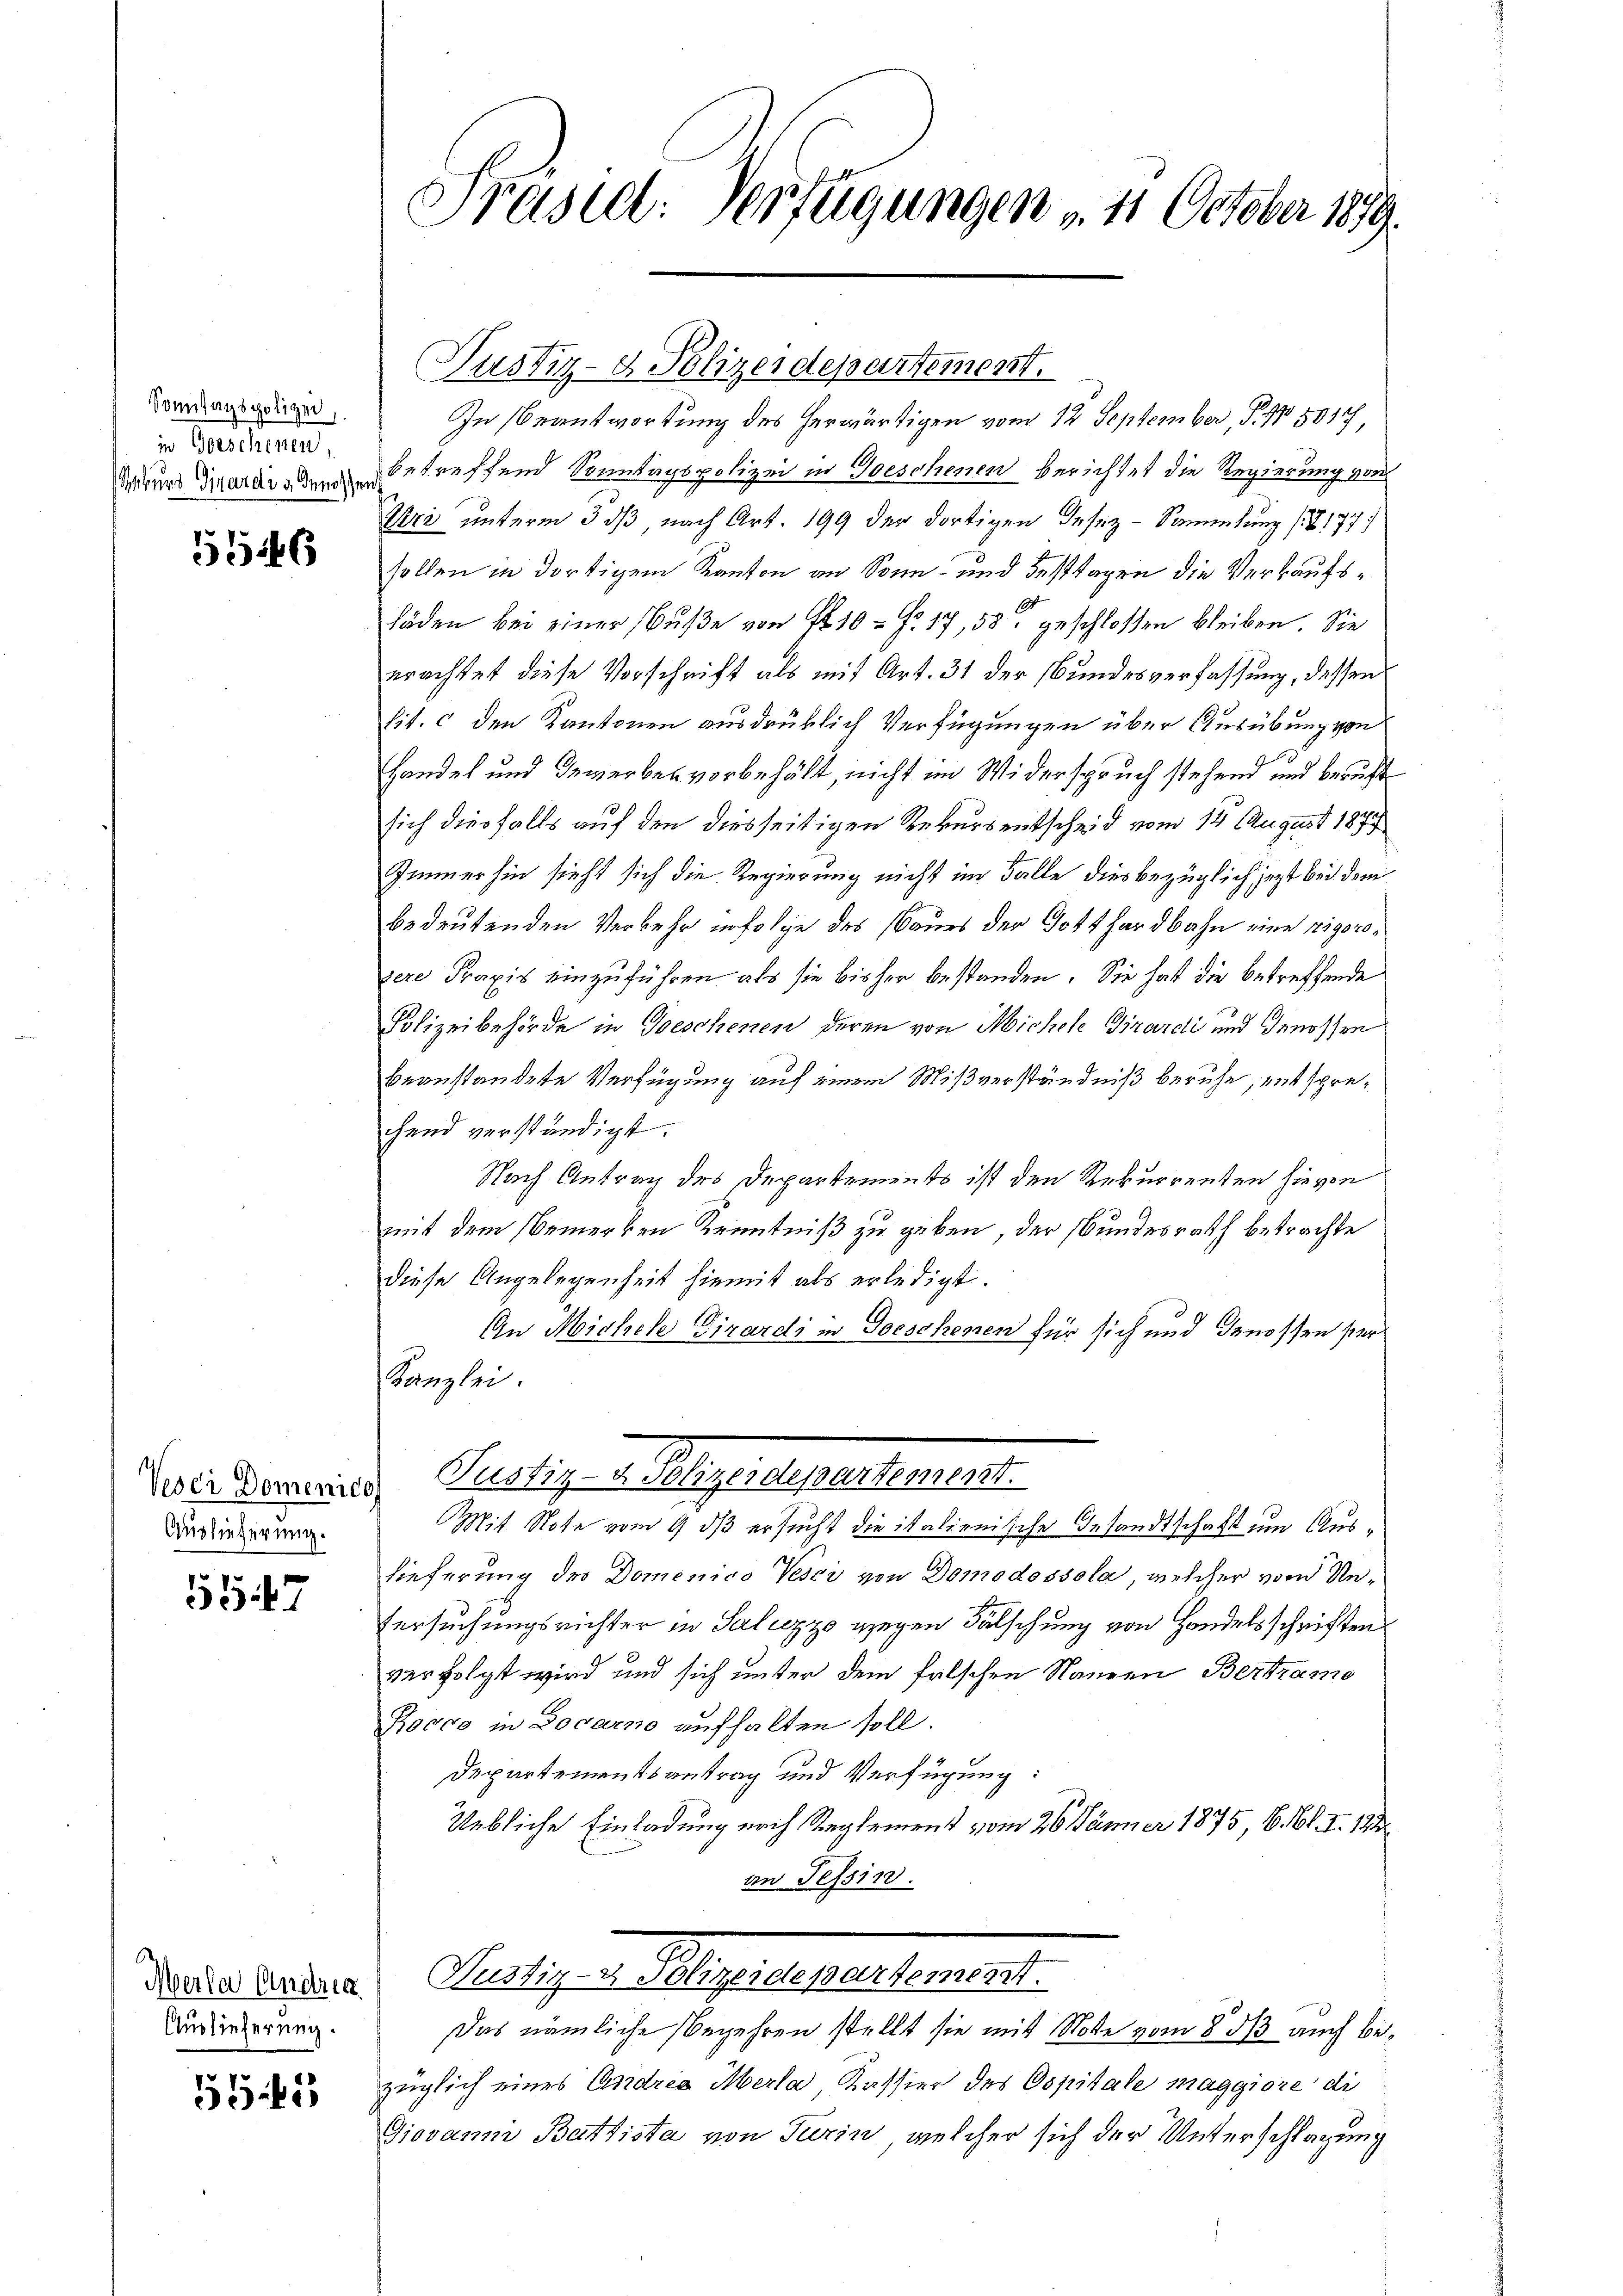
Somittagspolizei,
i Vorschienen,
Rekurs Girardi u denosse

546

Vesci Domenico
Auslieferung.

1247

Meile Andrea
Auslieferung.

5545

Präsid: Verfügungen u. 11. October 1879.

In Beantwortung des herwärtigen vom 12 September, P. 1501,
betreffend Sonntagspolizei in Geschenen berichtet die Regierung von
Uri unterm 3 dß nach Art. 199 der dortigen Gesez-Sammlung (T.177
sollen in dortigem Kanton an Sonn- und Festtagen die Verkaufsläden bei einer Buße von fl. 10 = Fr. 17,58 geschloßen bleiben. Sie
erachtet diese Vorschrift als mit Art. 31 der Bundesverfassung, dessen
lit. c den Kantonen ausdrüklich Verfügungen über Ausübung von
Handel und Gewerber vorbehält, nicht im Widerspruch stehend und beruht
sich diesfalls auf den diesseitigen Rekursentscheid vom 14. August 1890
Immerhin sieht sich die Regierung nicht im Falle dies bezüglich jetzt bei dem
bedeutenden Verkehr infolge des Baues der Gotthardbahn eine rigorozere Praxis einzuführen, als sie bisher bestanden. Sie hat die betreffende
Polizeibehörde in Geschenen deren von Michele Girardi und Genossen
beanstandete Verfügung auf einem Mißverständniß beruhe, entsprechend verständigt.
Nach Antrag des Departements ist den Rekurrenten hievon
mit dem Bemerken Kenntniß zu geben, der Bundesrath betrachte
diese Angelegenheit hiemit als erledigt.
1
Gu Micher Girardi in Geschenen für sich und Genossen ser
Kanzlei.
I. Pertig v. Planes Geselbe er an
Mit Note vom 9 dß ersucht die italienische Gesandtschaft um Auslieferung des Domenico Vesci von Domodossola, welcher von Un¬
Versuchungsrichter in Saliczzo wegen Fälschung von Handelsschriften
verfolgt wird und sich unter dem falschen Namen Bertramo
Rocco in Docarno aufhalten soll.
Departementsantrag und Verfügung:
Uebliche Einladung nach Reglement vom 26. Jänner 1875, 6 l. I. 182
an Tessin.
Seligen Mangelegenster 1941.
Das nämliche Begehren stellt sie mit Note vom 8 1/3 auch bezüglich eines Andris Merla Kassier des Ospitale maggiore di
Giovanm Battista von Turin, welcher sich der Unterschlagung

Justiz- & Polizeidepartement.